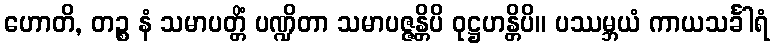
ဟောတိ, တဉ္စ နံ သမာပတ္တိံ ပဏ္ဍိတာ သမာပဇ္ဇန္တိပိ ဝုဋ္ဌဟန္တိပိ။ ပဿမ္ဘယံ ကာယသင်္ခါရံ